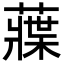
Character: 䕈